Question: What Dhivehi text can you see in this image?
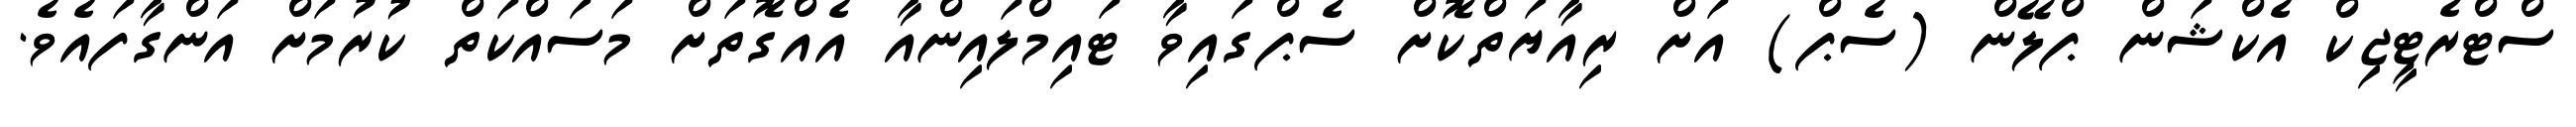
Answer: ސްޓްރެޓީޖިކް އެކްޝަން ޕްލޭން (ސެޕް) އަށް ރިއާޔަތްކޮށް ސެޕްގައިވާ ޓައިމްލައިންއާ އެއްގޮތަށް މަސައްކަތް ކުރުމަށް އަންގާފައެވެ.